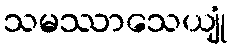
သမဿာသေယျုံ